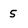
Character: 5